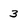
Character: 3